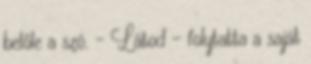
belőle a szó. – Látod – folytatta a saját